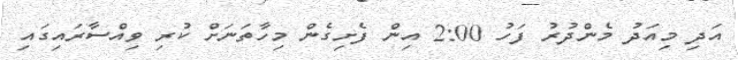
އަދި މިއަދު މެންދުރު ފަހު 2:00 އިން ފެށިގެން މިހާތަނަށް ކުރި ވިއްސާރައިގައި